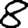
Digit: 8